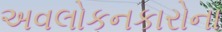
અવલોકનકારોના